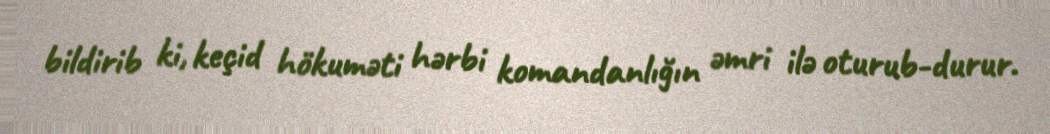
bildirib ki, keçid hökuməti hərbi komandanlığın əmri ilə oturub-durur.